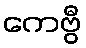
ကေဗွီ